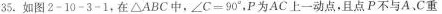
35.如图2-10-3-1，在△ABC中，$$∠ C = 9 0 °$$，P为AC上一动点，且点P不与A.C重